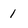
Character: 1